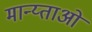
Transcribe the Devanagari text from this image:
मान्य्ताओ